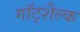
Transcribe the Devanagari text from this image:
गॉट्शैल्क